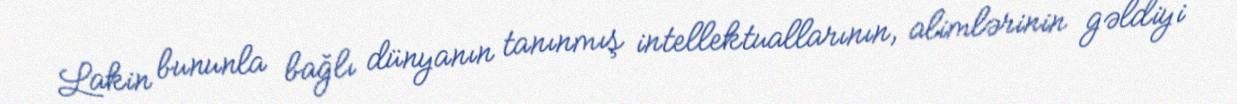
Lakin bununla bağlı dünyanın tanınmış intellektuallarının, alimlərinin gəldiyi